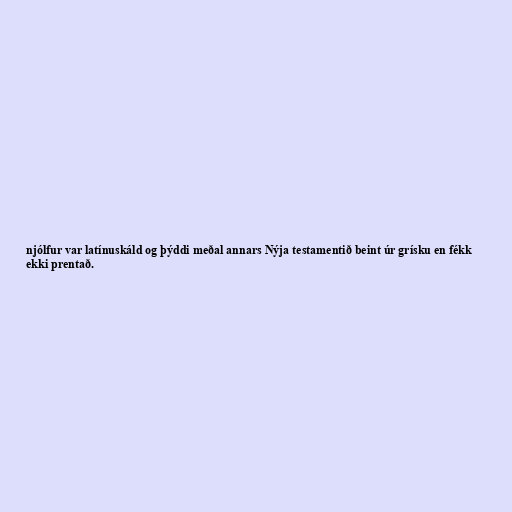
njólfur var latínuskáld og þýddi meðal annars Nýja testamentið beint úr grísku en fékk
ekki prentað.